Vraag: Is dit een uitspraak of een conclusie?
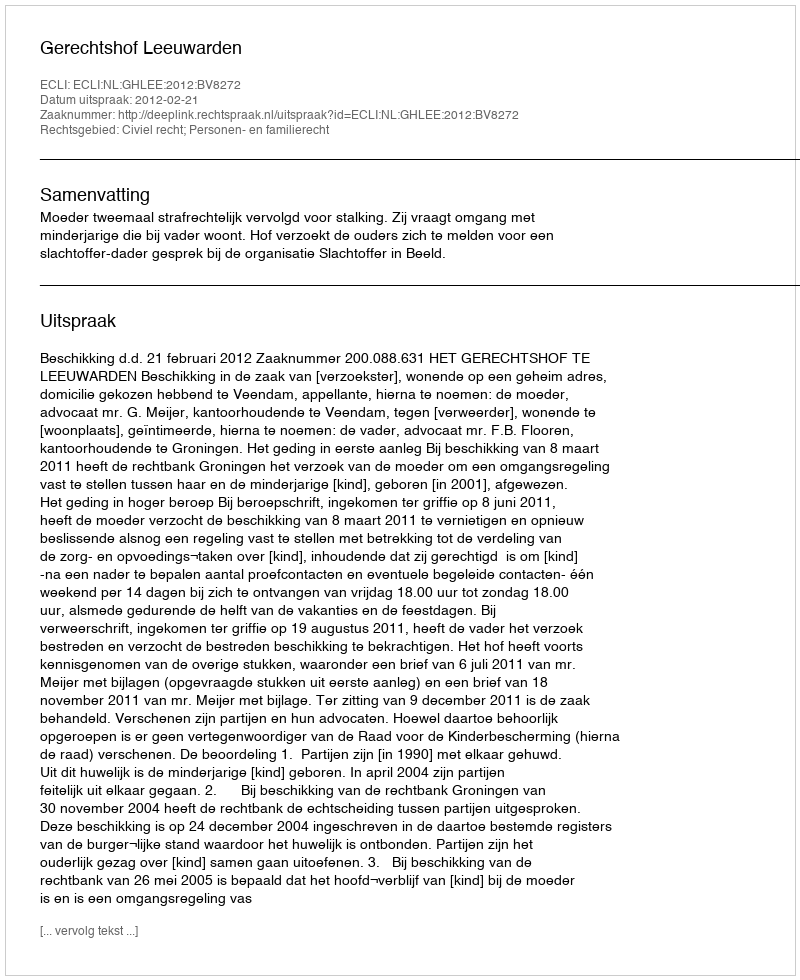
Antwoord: Uitspraak